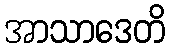
အာသာဒေတိ